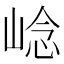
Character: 𡹓